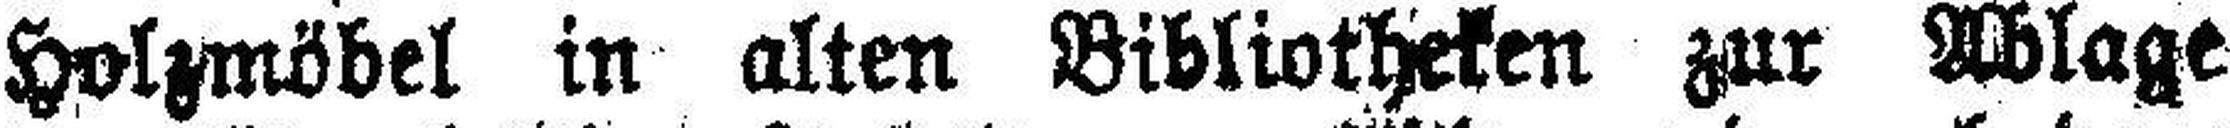
Holzmöbel in alten Bibliotheken zur Ablage